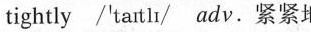
tightly /'tatlh/ adv.紧紧地